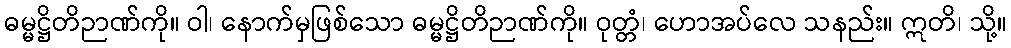
ဓမ္မဋ္ဌိတိဉာဏ်ကို။ ဝါ၊ နောက်မှဖြစ်သော ဓမ္မဋ္ဌိတိဉာဏ်ကို။ ဝုတ္တံ၊ ဟောအပ်လေ သနည်း။ ဣတိ၊ သို့။